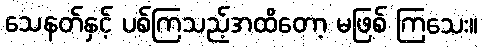
သေနတ်နှင့် ပစ်ကြသည့်အထိတော့ မဖြစ် ကြသေး။